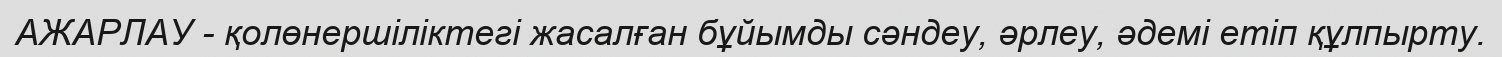
АЖАРЛАУ - қолөнершіліктегі жасалған бұйымды сәндеу, әрлеу, әдемі етіп құлпырту.